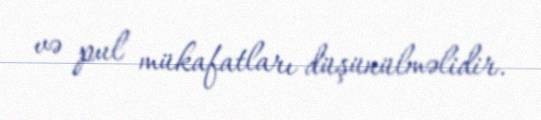
və pul mükafatları düşünülməlidir.